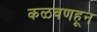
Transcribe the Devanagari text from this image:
कळवणहून